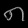
Digit: ၈